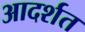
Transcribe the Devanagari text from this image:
आदर्शत